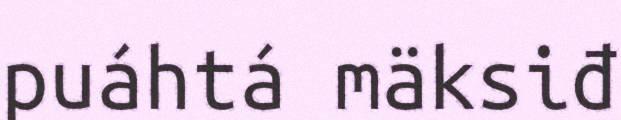
puáhtá mäksiđ